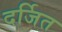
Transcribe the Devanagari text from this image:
दर्जित